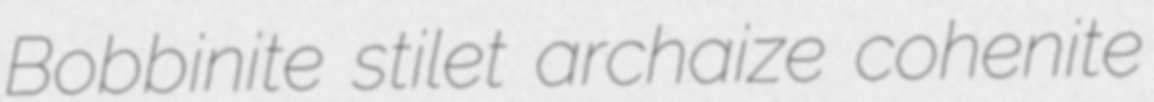
Bobbinite stilet archaize cohenite